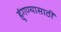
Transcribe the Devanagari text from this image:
हुंगण्यासाठी